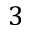
3